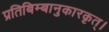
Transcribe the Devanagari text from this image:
प्रतिबिम्बानुकारकृत्‌।